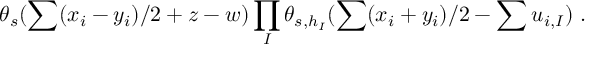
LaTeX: \theta _ { s } ( \sum ( x _ { i } - y _ { i } ) / 2 + z - w ) \prod _ { I } \theta _ { s , h _ { I } } ( \sum ( x _ { i } + y _ { i } ) / 2 - \sum u _ { i , I } ) ~ .